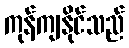
ကုန်ကျနိုင်သည်